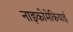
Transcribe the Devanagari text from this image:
नाइकोमेकियाई